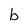
Character: b